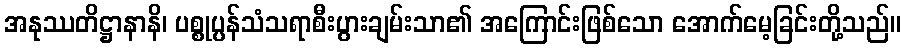
အနုဿတိဋ္ဌာနာနိ၊ ပစ္စုပ္ပန်သံသရာစီးပွားချမ်းသာ၏ အကြောင်းဖြစ်သော အောက်မေ့ခြင်းတို့သည်။